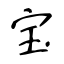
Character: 宝